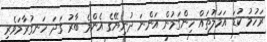
ރަހުމު ކުޑަ އަމަލުތައް ހިންގަމުން އަންނަ ދުނިޔޭގެ އެންމެ ބާރު ގަދަ ހަނގުރާމަވެރި